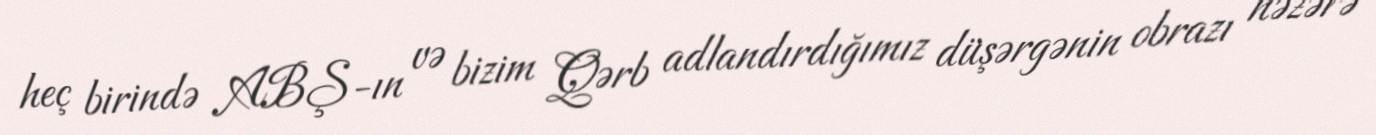
heç birində ABŞ-ın və bizim Qərb adlandırdığımız düşərgənin obrazı nəzərə